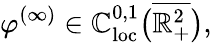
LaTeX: \varphi^{(\infty)}\in\mathbb{C}_{\mathrm{{loc}}}^{0,1}\big(\overline{{{\mathbb{{R}}_{+}^{2}}}}\big),